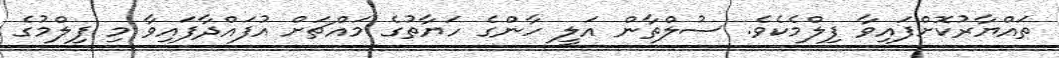
ތައްޔާރުކޮށްފައިވާ ފިލްމެކެވެ. ސުލްތާން އަލީ ހާންގެ ހަޔާތުގެ މައްޗަށް އުފައްދާފައިވާ މި ފިލްމުގެ